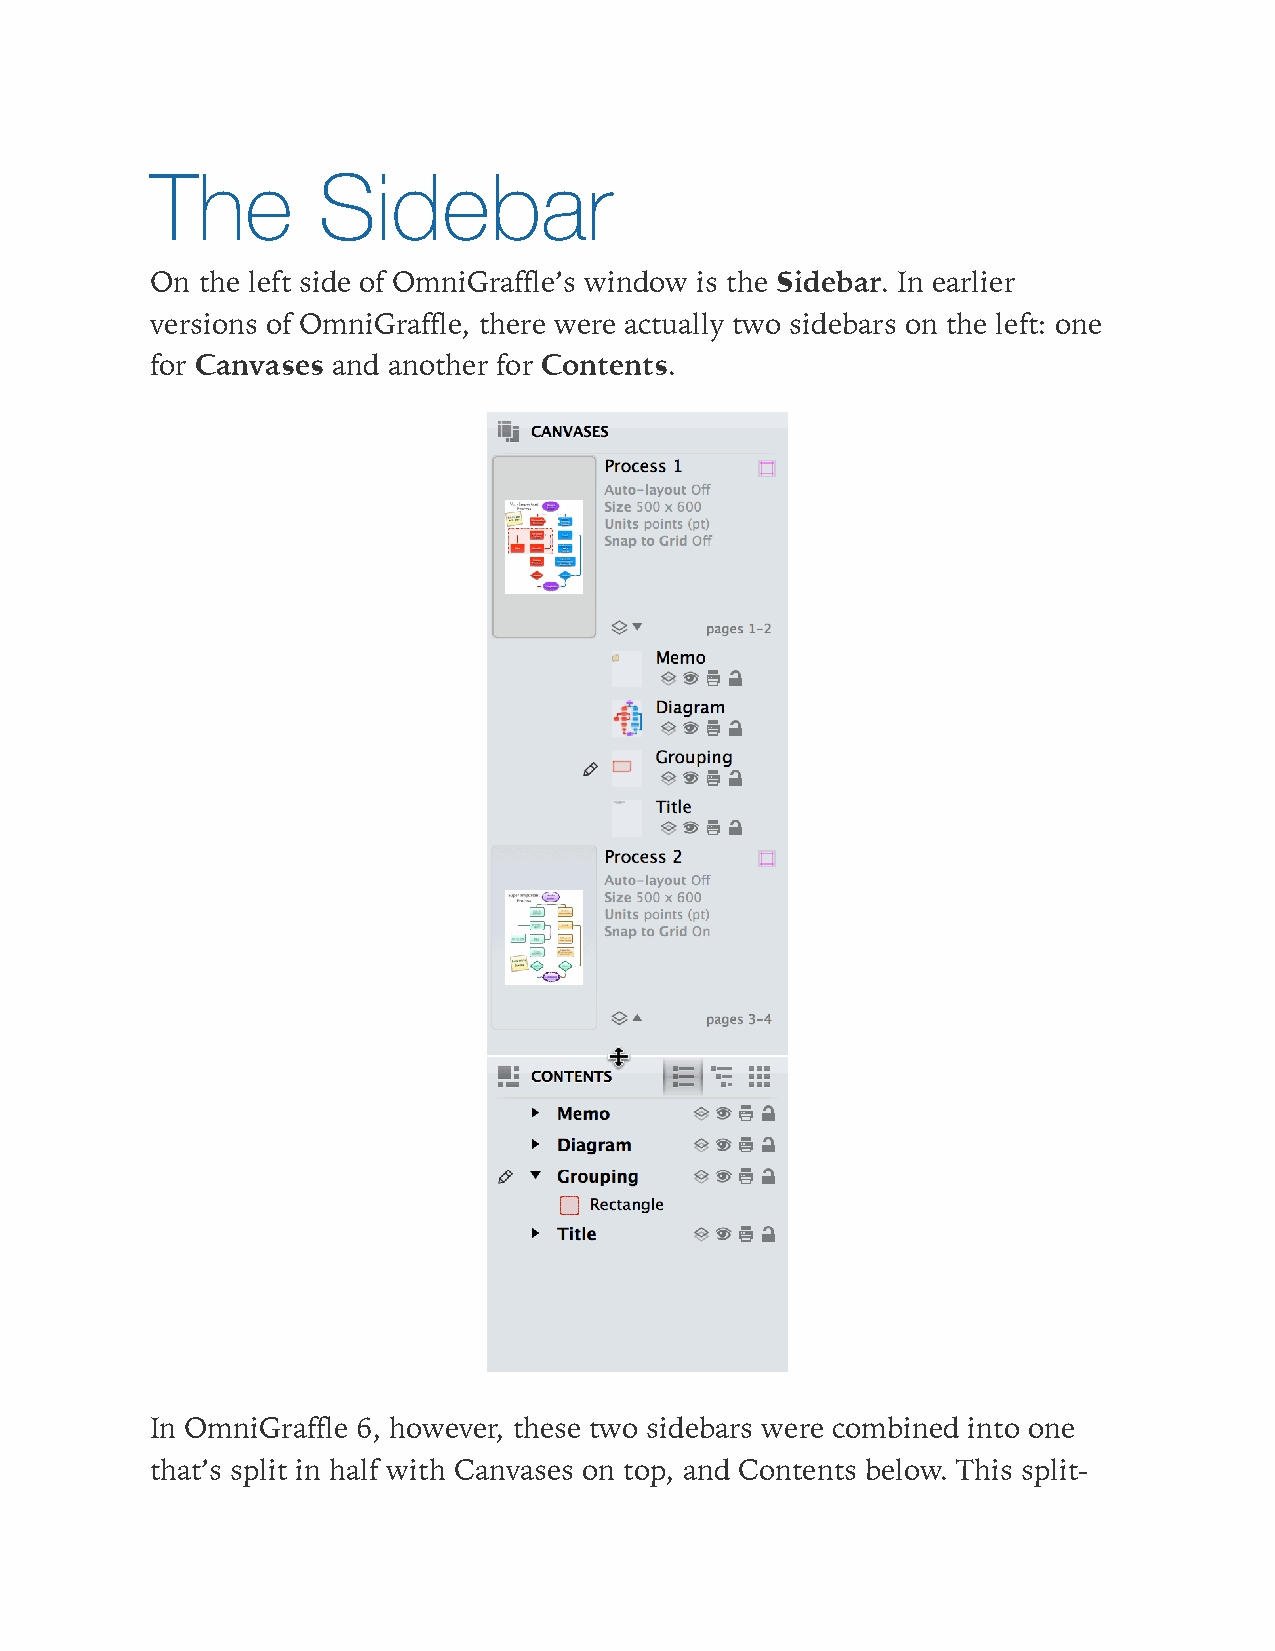
The        Sidebar
 On the left side of OmniGraffle’s window is the Sidebar. In earlier
 versions of OmniGraffle, there were actually two sidebars on the left: one
 for Canvases and another for Contents.
 In OmniGraffle 6, however, these two sidebars were combined into one
 that’s split in half with Canvases on top, and Contents below. This split-